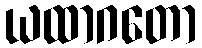
ယထာဂတော